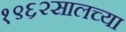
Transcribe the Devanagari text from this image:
१९६२सालच्या